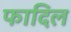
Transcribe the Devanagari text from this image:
फादिल